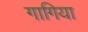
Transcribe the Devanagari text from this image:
गागिया